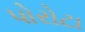
પોરોટા